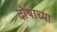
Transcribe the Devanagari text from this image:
दोषांच्या